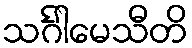
သင်္ဂါမေသီတိ